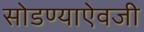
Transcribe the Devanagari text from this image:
सोडण्याऐवजी